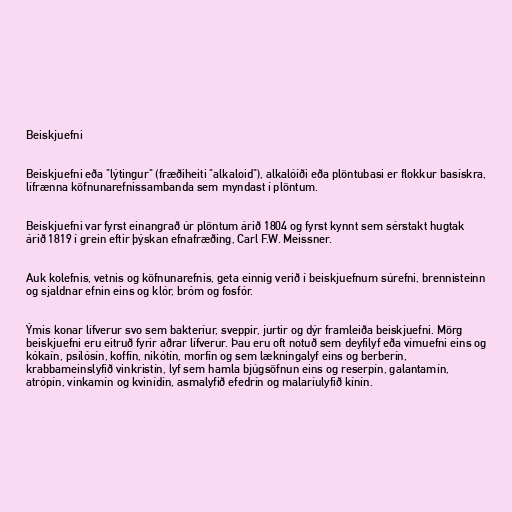
Beiskjuefni

Beiskjuefni eða "lýtingur" (fræðiheiti "alkaloid"), alkalóíði eða plöntubasi er flokkur basískra,
lífrænna köfnunarefnissambanda sem myndast í plöntum.

Beiskjuefni var fyrst einangrað úr plöntum árið 1804 og fyrst kynnt sem sérstakt hugtak
árið 1819 í grein eftir þýskan efnafræðing, Carl F.W. Meissner.

Auk kolefnis, vetnis og köfnunarefnis, geta einnig verið í beiskjuefnum súrefni, brennisteinn
og sjaldnar efnin eins og klór, bróm og fosfór.

Ýmis konar lífverur svo sem bakteríur, sveppir, jurtir og dýr framleiða beiskjuefni. Mörg
beiskjuefni eru eitruð fyrir aðrar lífverur. Þau eru oft notuð sem deyfilyf eða vímuefni eins og
kókaín, psílósín, koffín, nikótín, morfín og sem lækningalyf eins og berberín,
krabbameinslyfið vinkristín, lyf sem hamla bjúgsöfnun eins og reserpín, galantamín,
atrópín, vinkamín og kvinídín, asmalyfið efedrín og malaríulyfið kínín.